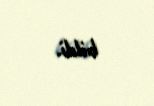
bildi.